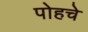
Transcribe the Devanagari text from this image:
पोहचे